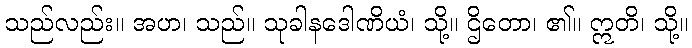
သည်လည်း။ အဟ၊ သည်။ သုခါနဒေါဏိယံ၊ သို့။ ဌိတော၊ ၏။ ဣတိ၊ သို့။